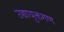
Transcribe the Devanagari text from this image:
उच्चायुक्तगण